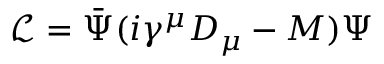
\mathcal { L } = \bar { \Psi } ( i \gamma ^ { \mu } D _ { \mu } - M ) \Psi